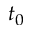
t _ { 0 }